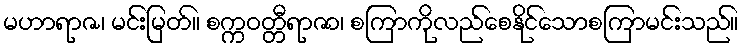
မဟာရာဇ၊ မင်းမြတ်။ စက္ကဝတ္တီရာဇာ၊ စကြာကိုလည်စေနိုင်သောစကြာမင်းသည်။